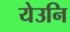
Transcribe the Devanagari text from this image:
येउनि